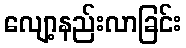
လျော့နည်းလာခြင်း